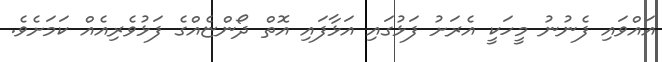
އައްވައި ފެނުނު މީހަކީ އެރަށު ފަޅުގައި އަޅާފައި އޮތް ދޯންޏެއްގެ ފަޅުވެރިއެއް ކަމަށެވެ.